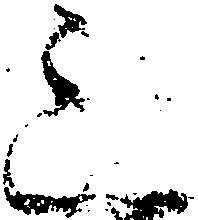
三